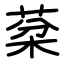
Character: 棻